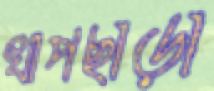
খাপছাড়া